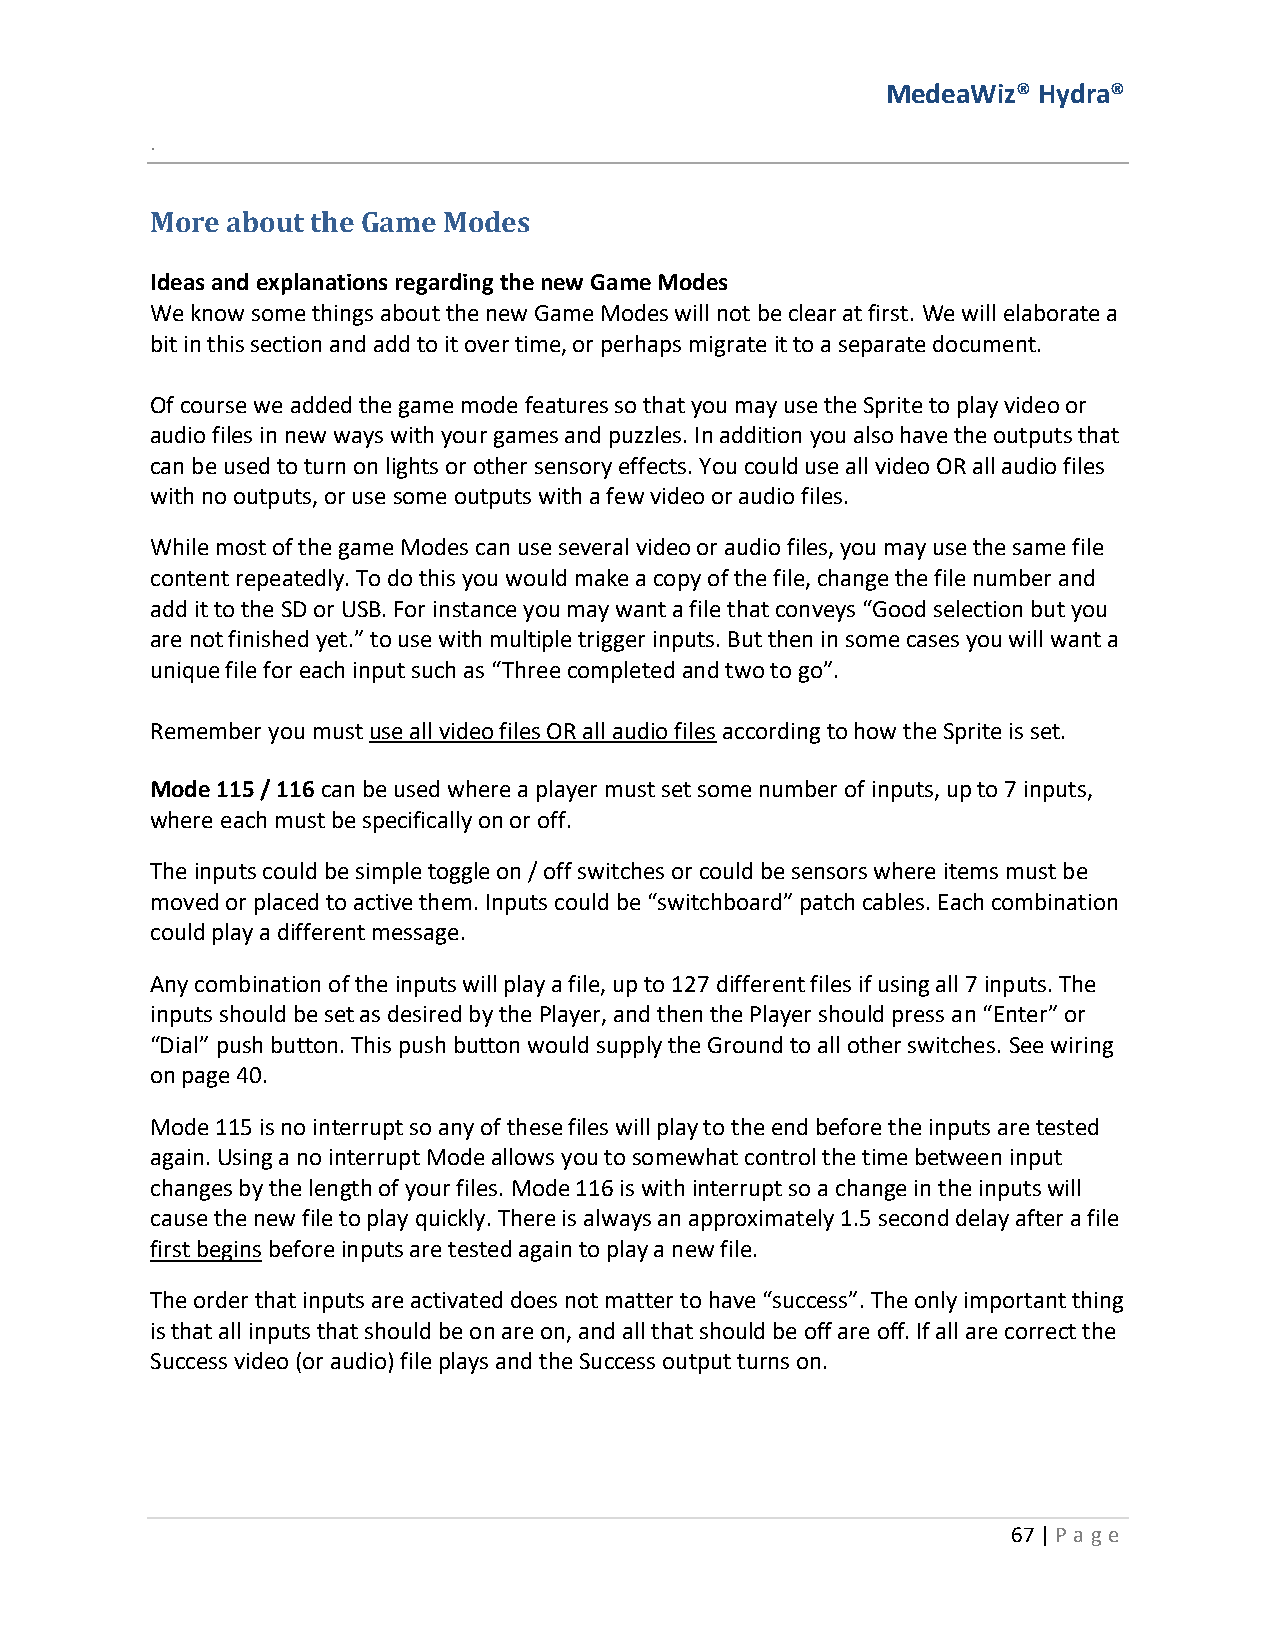
MedeaWiz® Hydra®
 .
 More about the Game Modes
 Ideas and explanations regarding the new Game Modes
 We know some things about the new Game Modes will not be clear at first. We will elaborate a
 bit in this section and add to it over time, or perhaps migrate it to a separate document.
 Of course we added the game mode features so that you may use the Sprite to play video or
 audio files in new ways with your games and puzzles. In addition you also have the outputs that
 can be used to turn on lights or other sensory effects. You could use all video OR all audio files
 with no outputs, or use some outputs with a few video or audio files.
 While most of the game Modes can use several video or audio files, you may use the same file
 content repeatedly. To do this you would make a copy of the file, change the file number and
 add it to the SD or USB. For instance you may want a file that conveys “Good selection but you
 are not finished yet.” to use with multiple trigger inputs. But then in some cases you will want a
 unique file for each input such as “Three completed and two to go”.
 Remember you must use all video files OR all audio files according to how the Sprite is set.
 Mode 115 / 116 can be used where a player must set some number of inputs, up to 7 inputs,
 where each must be specifically on or off.
 The inputs could be simple toggle on / off switches or could be sensors where items must be
 moved or placed to active them. Inputs could be “switchboard” patch cables. Each combination
 could play a different message.
 Any combination of the inputs will play a file, up to 127 different files if using all 7 inputs. The
 inputs should be set as desired by the Player, and then the Player should press an “Enter” or
 “Dial” push button. This push button would supply the Ground to all other switches. See wiring
 on page 40.
 Mode 115 is no interrupt so any of these files will play to the end before the inputs are tested
 again. Using a no interrupt Mode allows you to somewhat control the time between input
 changes by the length of your files. Mode 116 is with interrupt so a change in the inputs will
 cause the new file to play quickly. There is always an approximately 1.5 second delay after a file
 first begins before inputs are tested again to play a new file.
 The order that inputs are activated does not matter to have “success”. The only important thing
 is that all inputs that should be on are on, and all that should be off are off. If all are correct the
 Success video (or audio) file plays and the Success output turns on.
 67 | P age